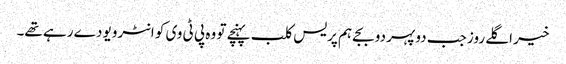
خیر اگلے روز جب دوپہر دو بجے ہم پریس کلب پہنچے تو وہ پی ٹی وی کو انٹرویو دے رہے تھے۔